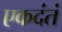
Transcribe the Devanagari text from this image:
एकदंतं